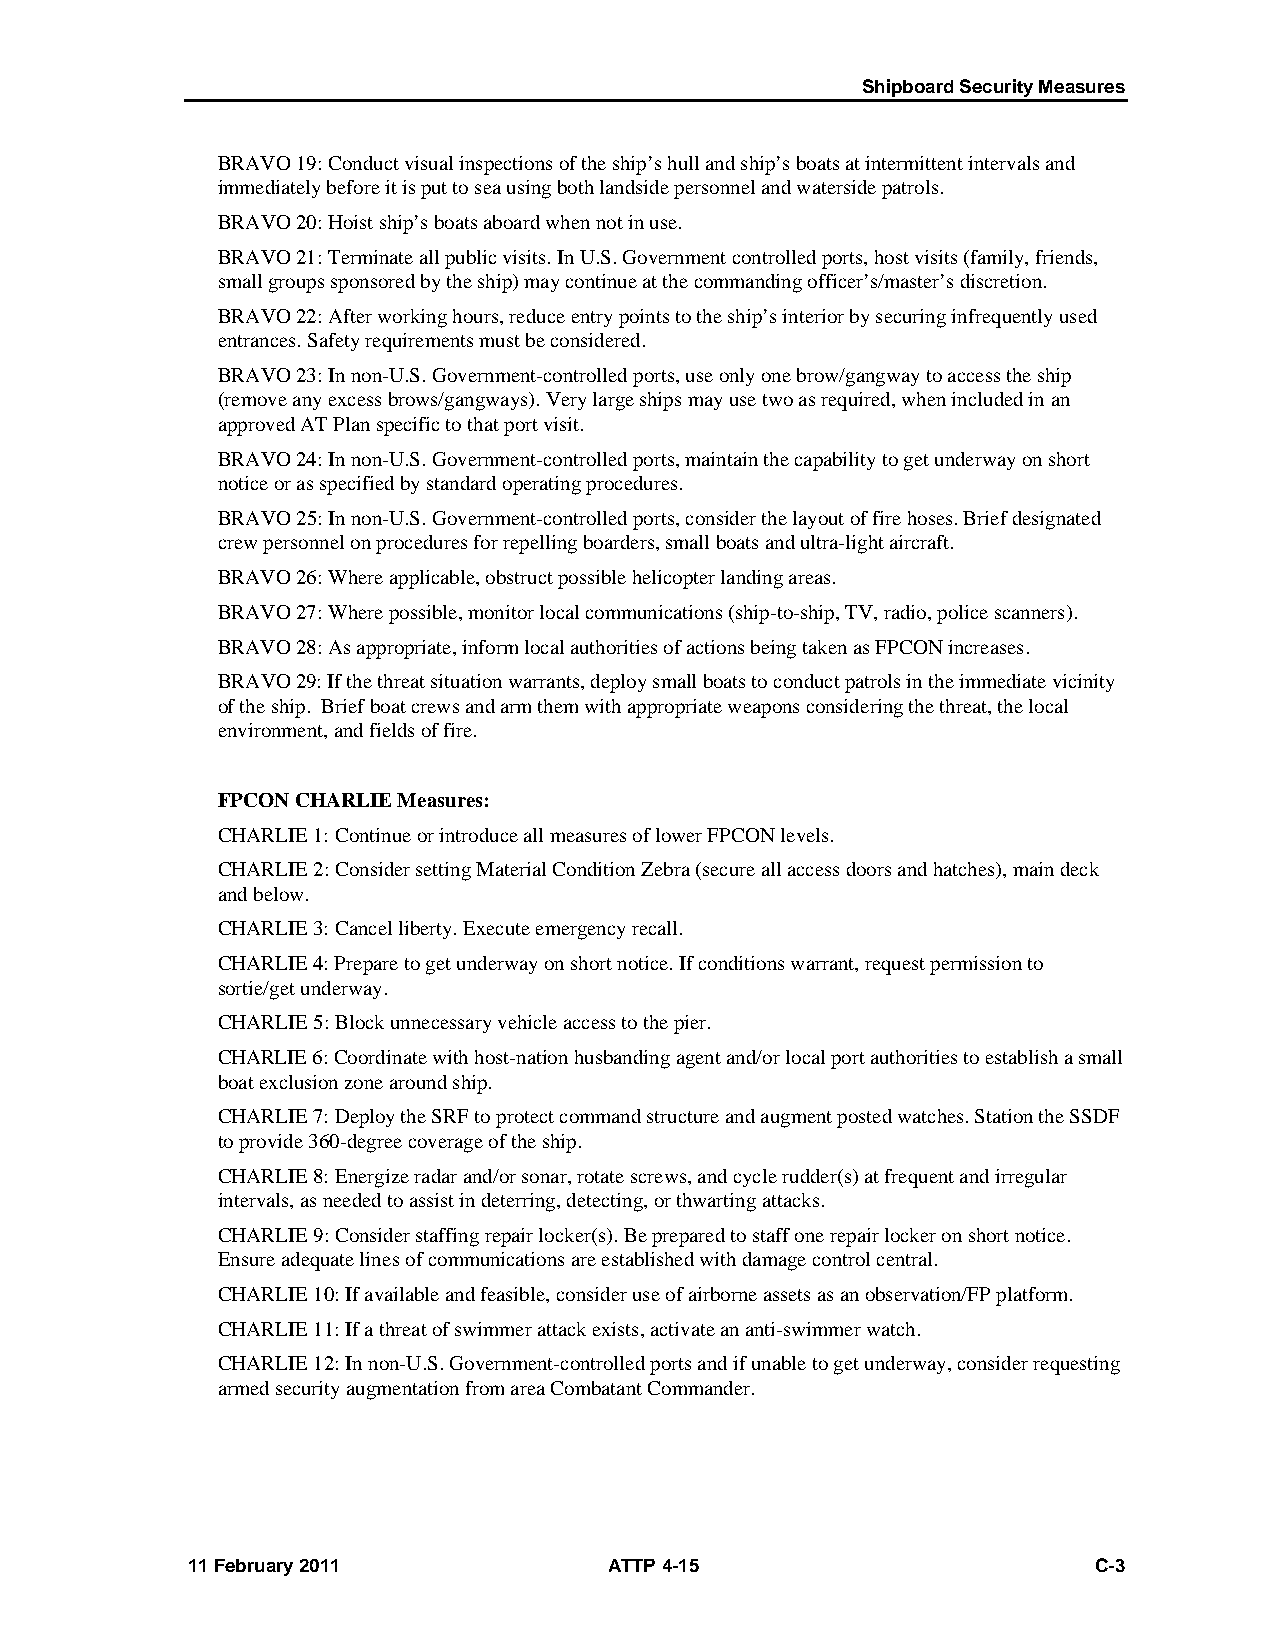
Shipboard Security Measures
 BRAVO 19: Conduct visual inspections of the ship’s hull and ship’s boats at intermittent intervals and
 immediately before it is put to sea using both landside personnel and waterside patrols.
 BRAVO 20: Hoist ship’s boats aboard when not in use.
 BRAVO 21: Terminate all public visits. In U.S. Government controlled ports, host visits (family, friends,
 small groups sponsored by the ship) may continue at the commanding officer’s/master’s discretion.
 BRAVO 22: After working hours, reduce entry points to the ship’s interior by securing infrequently used
 entrances. Safety requirements must be considered.
 BRAVO 23: In non-U.S. Government-controlled ports, use only one brow/gangway to access the ship
 (remove any excess brows/gangways). Very large ships may use two as required, when included in an
 approved AT Plan specific to that port visit.
 BRAVO 24: In non-U.S. Government-controlled ports, maintain the capability to get underway on short
 notice or as specified by standard operating procedures.
 BRAVO 25: In non-U.S. Government-controlled ports, consider the layout of fire hoses. Brief designated
 crew personnel on procedures for repelling boarders, small boats and ultra-light aircraft.
 BRAVO 26: Where applicable, obstruct possible helicopter landing areas.
 BRAVO 27: Where possible, monitor local communications (ship-to-ship, TV, radio, police scanners).
 BRAVO 28: As appropriate, inform local authorities of actions being taken as FPCON increases.
 BRAVO 29: If the threat situation warrants, deploy small boats to conduct patrols in the immediate vicinity
 of the ship. Brief boat crews and arm them with appropriate weapons considering the threat, the local
 environment, and fields of fire.
 FPCON CHARLIE Measures:
 CHARLIE 1: Continue or introduce all measures of lower FPCON levels.
 CHARLIE 2: Consider setting Material Condition Zebra (secure all access doors and hatches), main deck
 and below.
 CHARLIE 3: Cancel liberty. Execute emergency recall.
 CHARLIE 4: Prepare to get underway on short notice. If conditions warrant, request permission to
 sortie/get underway.
 CHARLIE 5: Block unnecessary vehicle access to the pier.
 CHARLIE 6: Coordinate with host-nation husbanding agent and/or local port authorities to establish a small
 boat exclusion zone around ship.
 CHARLIE 7: Deploy the SRF to protect command structure and augment posted watches. Station the SSDF
 to provide 360-degree coverage of the ship.
 CHARLIE 8: Energize radar and/or sonar, rotate screws, and cycle rudder(s) at frequent and irregular
 intervals, as needed to assist in deterring, detecting, or thwarting attacks.
 CHARLIE 9: Consider staffing repair locker(s). Be prepared to staff one repair locker on short notice.
 Ensure adequate lines of communications are established with damage control central.
 CHARLIE 10: If available and feasible, consider use of airborne assets as an observation/FP platform.
 CHARLIE 11: If a threat of swimmer attack exists, activate an anti-swimmer watch.
 CHARLIE 12: In non-U.S. Government-controlled ports and if unable to get underway, consider requesting
 armed security augmentation from area Combatant Commander.
 11 February 2011            ATTP 4-15                       C-3